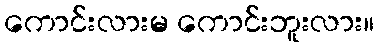
ကောင်းလားမ ကောင်းဘူးလား။